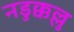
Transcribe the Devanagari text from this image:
नडुक्कल्लु